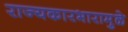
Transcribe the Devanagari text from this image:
राज्यकारभारामुळे